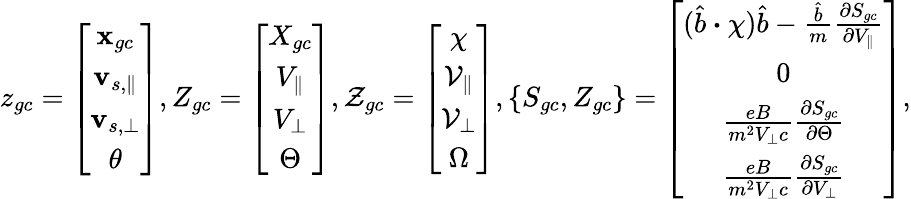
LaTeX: z_{gc}=\left[\begin{array}{c}{\textbf{x}_{gc}}\\ {\mathbf{v}_{s,\parallel}}\\ {\mathbf{v}_{s,\perp}}\\ {\theta}\end{array}\right],Z_{gc}=\left[\begin{array}{c}{X_{gc}}\\ {V_{\parallel}}\\ {V_{\perp}}\\ {\Theta}\end{array}\right],\mathcal{Z}_{gc}=\left[\begin{array}{c}{\chi}\\ {\mathcal{V}_{\parallel}}\\ {\mathcal{V}_{\perp}}\\ {\Omega}\end{array}\right],\{ S_{gc},Z_{gc}\} =\left[\begin{array}{c}{(\hat{b}\boldsymbol{\cdot}\chi)\hat{b}-\frac{\hat{b}}{m}\frac{\partial S_{gc}}{\partial V_{\parallel}}}\\ {0}\\ {\frac{eB}{m^{2}V_{\perp}c}\frac{\partial S_{gc}}{\partial\Theta}}\\ {\frac{eB}{m^{2}V_{\perp}c}\frac{\partial S_{gc}}{\partial V_{\perp}}}\end{array}\right],